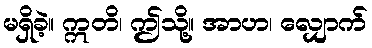
မရှိခဲ့။ ဣတိ၊ ဤသို့။ အာဟ၊ လျှောက်